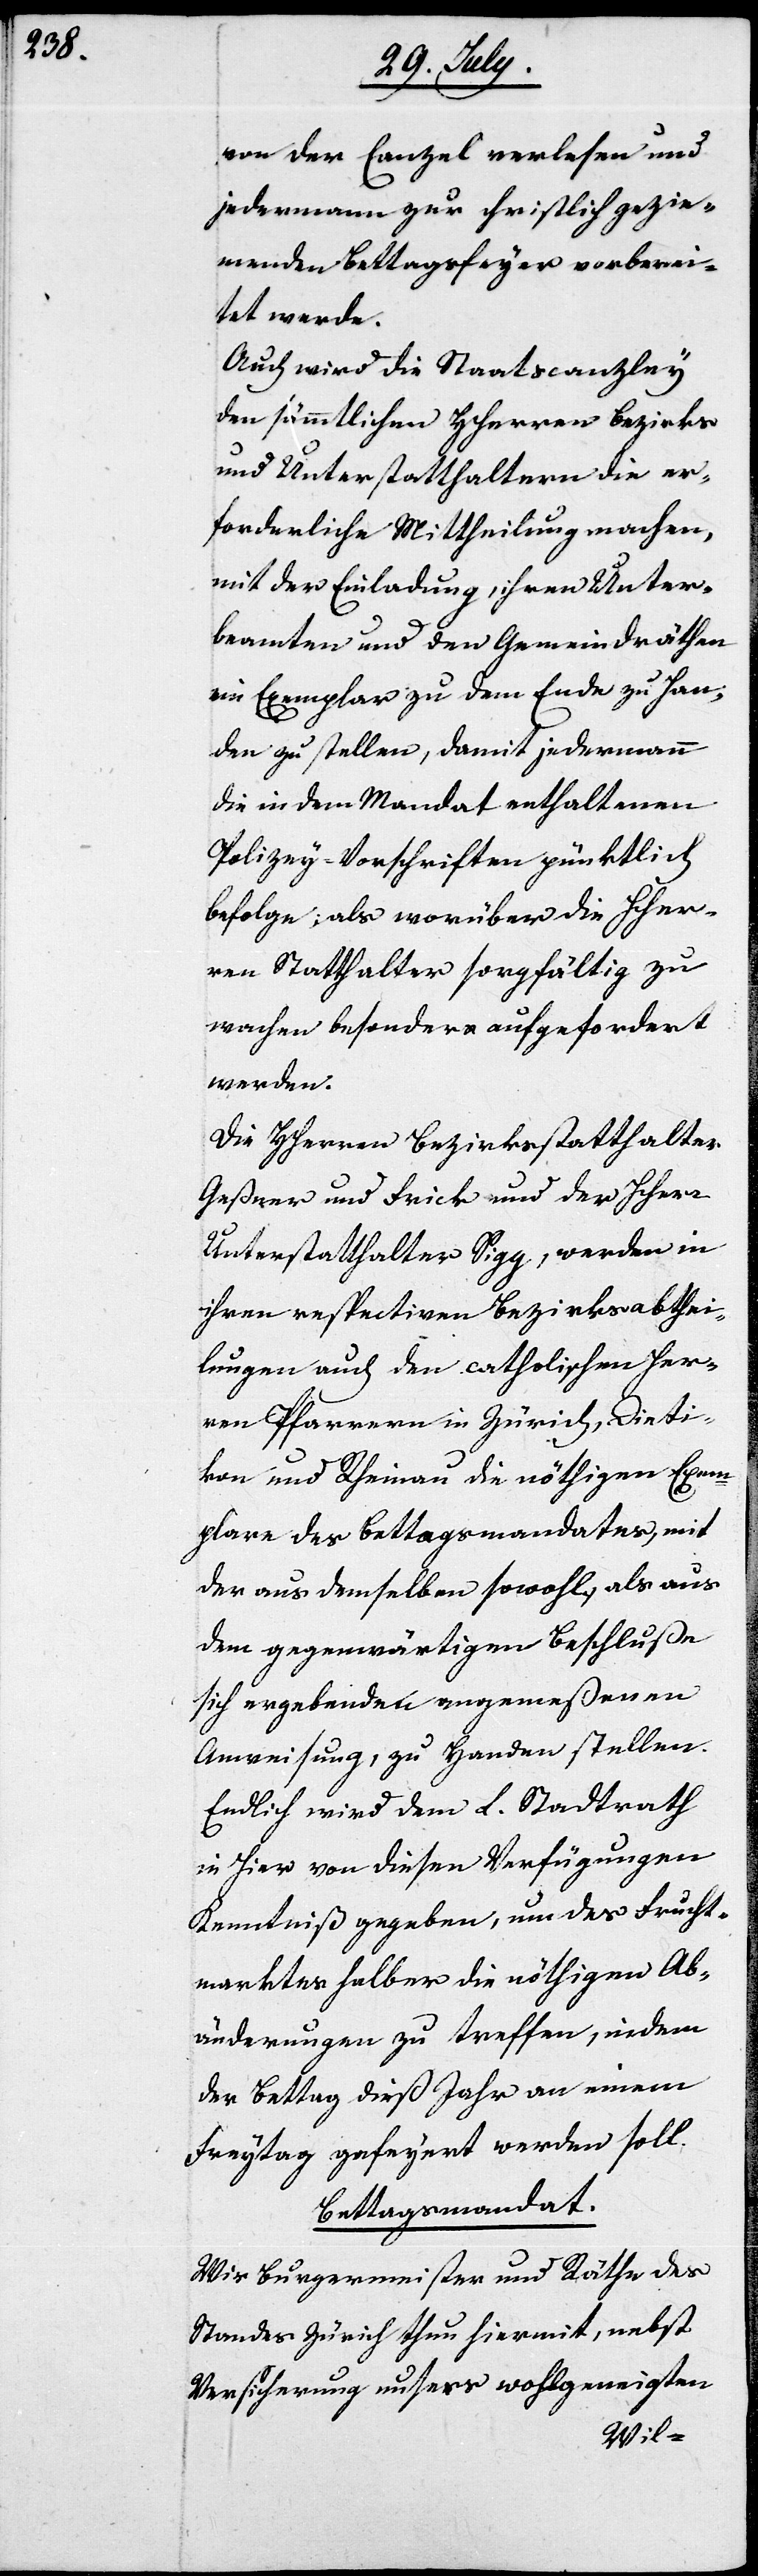
von der Canzel verlesen und
jedermann zur christlich gezie¬
menden Bettagsfeyer vorberei¬
tet werde.
Auch wird die Staatscanzley
den sämmtlichen HHerren Bezirks-
und Unterstatthaltern die er¬
forderliche Mittheilung machen
mit der Einladung, ihren Unter¬
beamten und den Gemeindräthen
ein Exemplar zu dem Ende zu Han¬
den zu stellen, damit jedermann
die in dem Mandat enthaltenen
Polizey-Vorschriften pünktlich
verfolge, als worüber die HHer¬
ren Statthalter sorgfältig zu
wachen besonders aufgefordert
werden.
Die HHerren Bezirksstatthalter
Geßner und Frick und der HHerr
Unterstatthalter Sigg, werden in
ihren respectiven Bezirksabthei¬
lungen auch den catholischen Her¬
ren Pfarrern in Zürich, Dieti¬
kon und Rheinau die nöthigen Exem¬
plare des Bettagsmandates, mit
der aus demselben sowohl, als aus
dem gegenwärtigen Beschluße
sich ergebenden angemeßenen
Anweisung, zu Handen stellen.
Endlich wird dem L. Stadrath
in hier von diesen Verfügungen
Kenntniß gegeben, um des Frucht¬
marktes halber die nöthigen Ab¬
änderungen zu treffen, indem
der Bettag dieß Jahr an einem
Freytag gefeyert werden soll.
Bettagsmandat.
Wir Burgermeister und Räthe des
Standes Zürich thun hiermit, nebst
Versicherung unsers wohlgeneigten